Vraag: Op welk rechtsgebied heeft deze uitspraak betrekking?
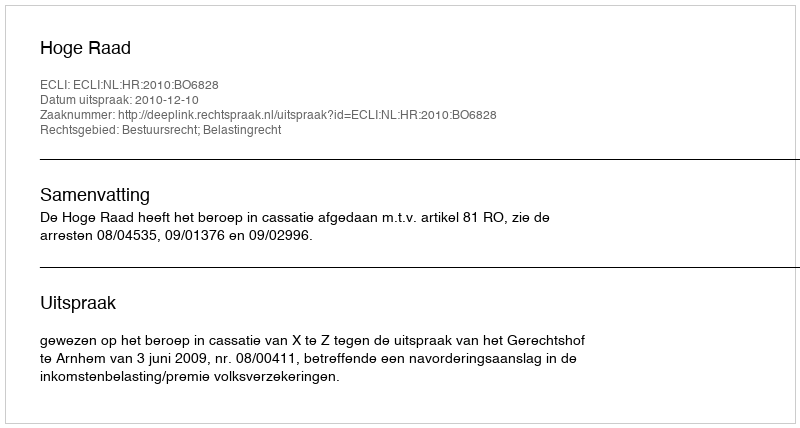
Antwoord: Bestuursrecht; Belastingrecht